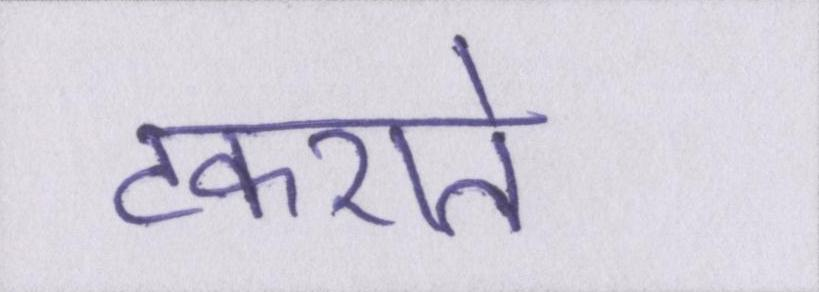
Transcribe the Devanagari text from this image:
टकराते